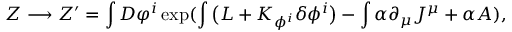
Z \longrightarrow Z ^ { \prime } = \int { \cal D } \varphi ^ { i } \exp ( \int \big ( { \cal L } + K _ { \phi ^ { i } } \delta \phi ^ { i } \big ) - \int \alpha \partial _ { \mu } J ^ { \mu } + \alpha { \sl A } ) ,